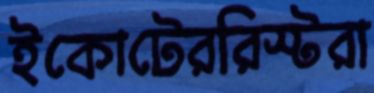
ইকোটেররিস্টরা